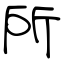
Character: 所